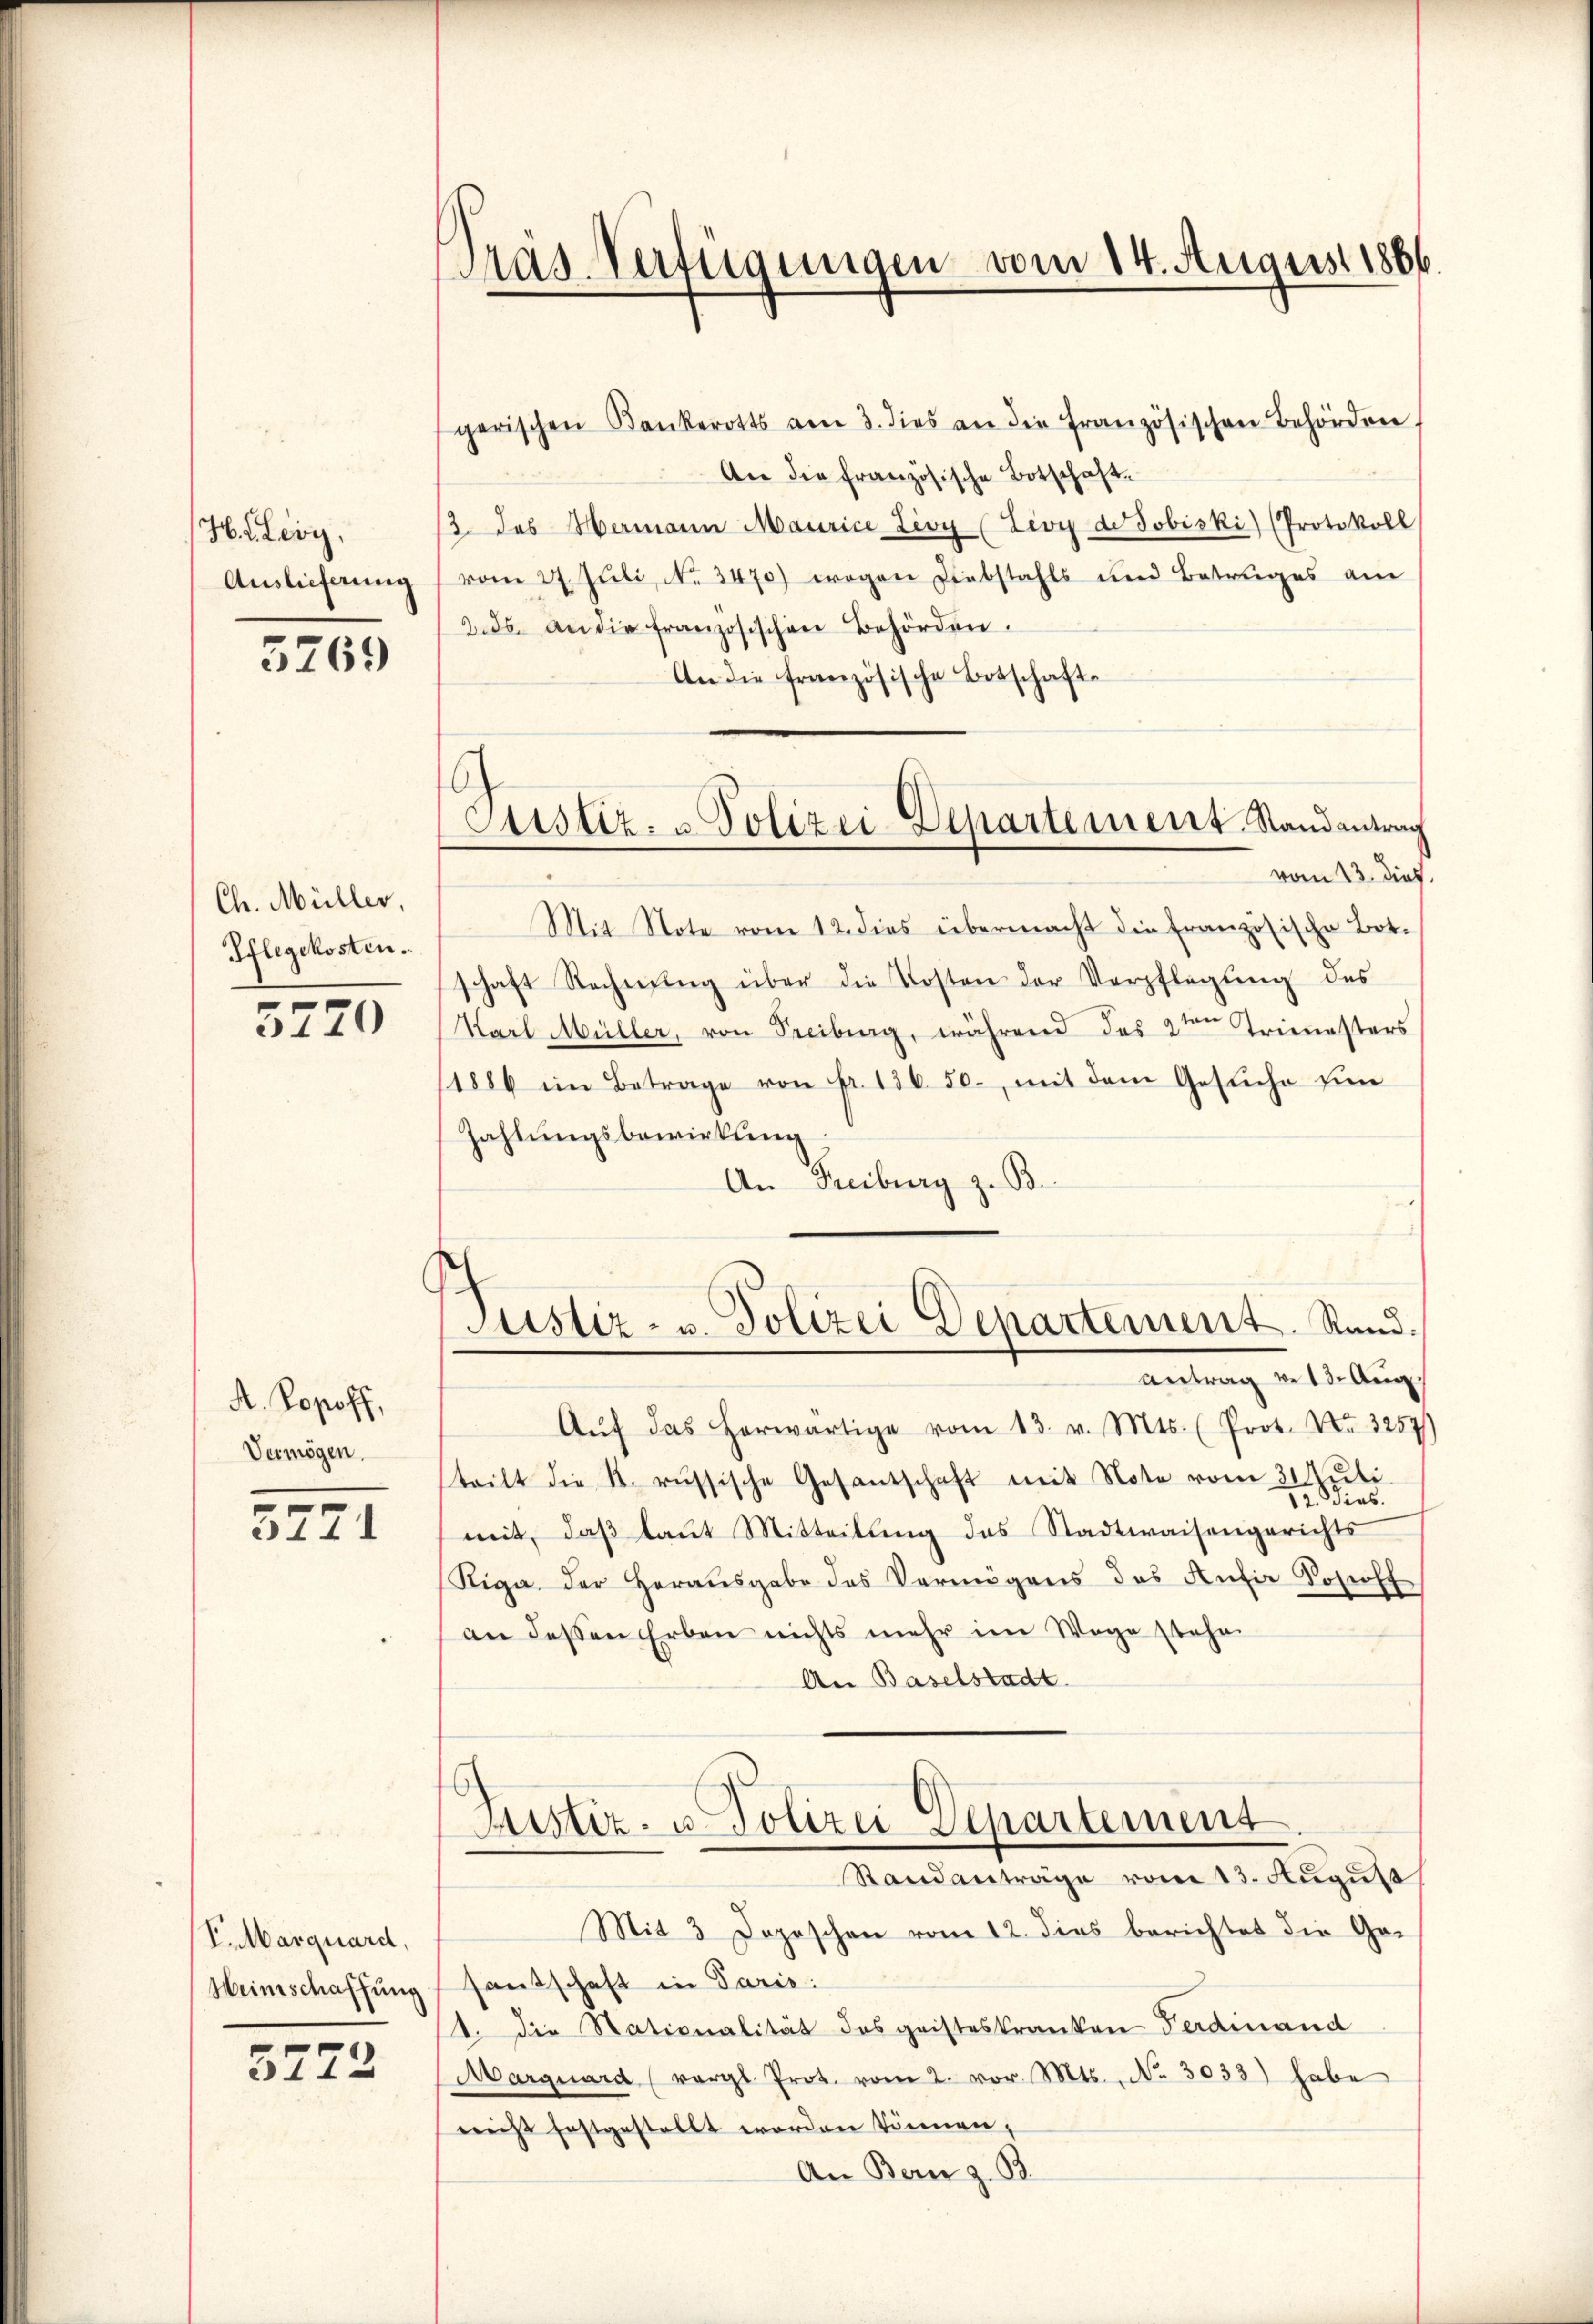
H.Leoy,
Auslieferung

3769

Ch. Müller,
Pflegekosten.

5770

A. Popoff,
Vermögen.

3271

PMarquard,
Weinschaffung

s
5222

Pras Verfügungen vom 14. August 1866.

gerischen Bankerotts am 3. dies an die französischen Behörden
An die französische Botschaft.
2 des Hermann Maurice Lioy (Livy der Jobiski) (Protokoll
vom 27. Juli, No. 3470) wegen Diebstahls und Betrages am
2. ds. an die französischen Behörden.
An die französische Botschafte
vom 13. dies
Mit Note vom 12. dies übermacht die französische Botschaft Rechnung über die Kosten der Verpflegung des
Karl Müller, von Freiburg, während das 2ten Trimesters
1886 im Betrage von fr. 136. 50., mit dem Gesŭche ein
Zahlungsbewirkung
An Freiburg z. B.
Justiz- u. Polizei Departement. Rand.
Antrag v. 13. Aug.
Aŭf das herwärtige vom 13. v. Mts. (Prot. Nr. 3257
teilt die k. russische Gesandschaft mit Note vom 31 Juli.
12. Dies
mit, daβ laut Mitteilung des Stadtwaisengerichts
Riga der Herausgabe des Vermögens des Anfer Sohroff
an dessen Erben nichts mehr im Wege stehe.
An Baselstadt
Justiz- u. Polizei Departement.
Standanträge vom 13. August
Mit 3 Depeschen vom 12. dies berichtet die Ge-
santschaft in Paris:
1. die Stationalität des geisteskranken Ferdinand
Marquard (vergl. Prot. vom 2. vor. Mts. No. 3033) habe
nicht festgestellt worden können,
An Bern z. B.

Justiz- u. Polizei-Departement. Randantrag